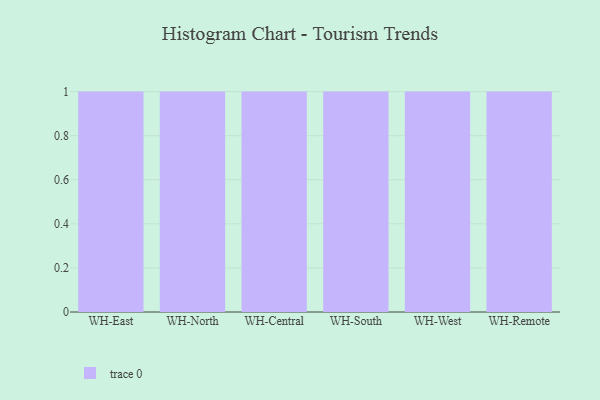
{"axis": {"x": "Warehouse", "y": "Backlog"}, "legend": [""], "data": [{"x": "WH-East", "y": 84, "type": ""}, {"x": "WH-North", "y": 9, "type": ""}, {"x": "WH-Central", "y": 95, "type": ""}, {"x": "WH-South", "y": 43, "type": ""}, {"x": "WH-West", "y": 76, "type": ""}, {"x": "WH-Remote", "y": 44, "type": ""}]}